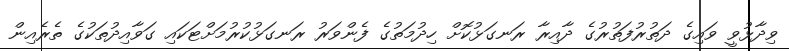
ވިދާޅުވީ ވައިގެ ދަތުރުފަތުރުގެ ދާއިރާ ރަނގަޅުކޮށް ހިދުމަތުގެ ފެންވަރު ރަނގަޅުކުރުމަށްޓަކައި ގަވާއިދުތަކުގެ ތެރެއިން